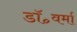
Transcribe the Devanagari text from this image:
डॉ॰वर्मा